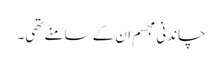
چاندنی مجسم ان کے سامنے تھی۔